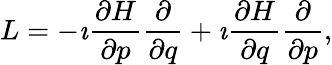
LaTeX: L=-\imath\frac{\partial H}{\partial p}\frac{\partial}{\partial q}+\imath\frac{\partial H}{\partial q}\frac{\partial}{\partial p},